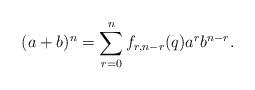
LaTeX: \begin{align*} (a+b)^n = \sum_{r=0}^n f_{r,n-r}(q) a^r b^{n-r}. \end{align*}